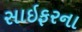
સાઇફરના